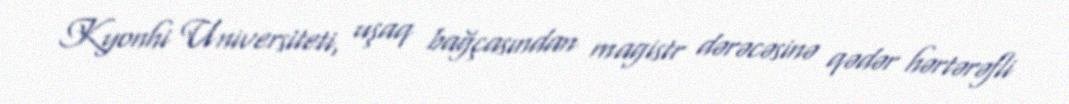
Kyonhi Universiteti, uşaq bağçasından magistr dərəcəsinə qədər hərtərəfli